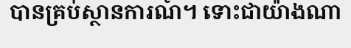
បានគ្រប់ស្ថានការណ៍។ ទោះជាយ៉ាងណា